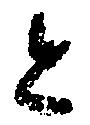
今